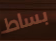
بساط